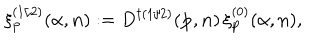
\xi _ { \bf p } ^ { ( 1 / 2 ) } ( \alpha , { \bf n } ) : = D ^ { \dagger ( 1 / 2 ) } ( { \bf p } , { \bf n } ) \, \xi _ { \bf p } ^ { ( 0 ) } ( \alpha , { \bf n } ) ,